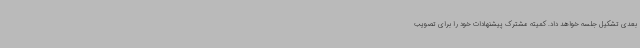
بعدی تشکیل جلسه خواهد داد. کمیته مشترک پیشنهادات خود را برای تصویب